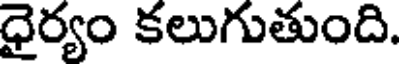
ధైర్యం కలుగుతుంది.